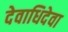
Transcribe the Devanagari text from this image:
देवाधिदेवा